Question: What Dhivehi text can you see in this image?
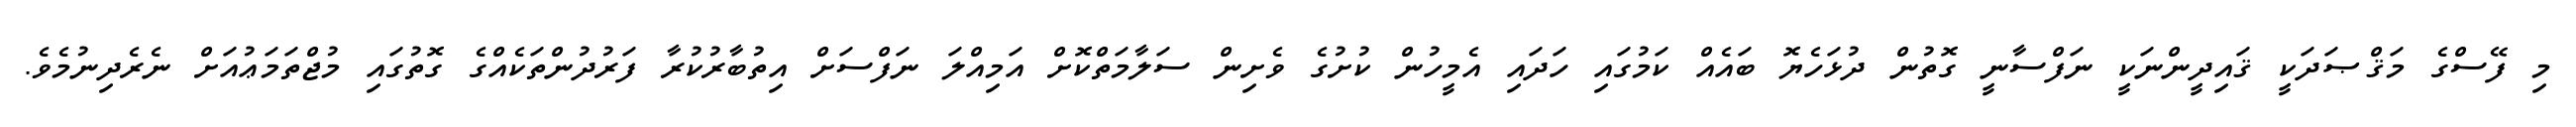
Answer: މި ފޭސްގެ މަޤްޞަދަކީ ޤައިދީންނަކީ ނަފްސާނީ ގޮތުން ދުޅަހެޔޮ ބައެއް ކަމުގައި ހަދައި އެމީހުން ކުށުގެ ވެށިން ސަލާމަތްކޮށް އަމިއްލަ ނަފްސަށް އިތުބާރުކުރާ ފަރުދުންތަކެއްގެ ގޮތުގައި މުޖްތަމަޢުއަށް ނެރެދިނުމެވެ.